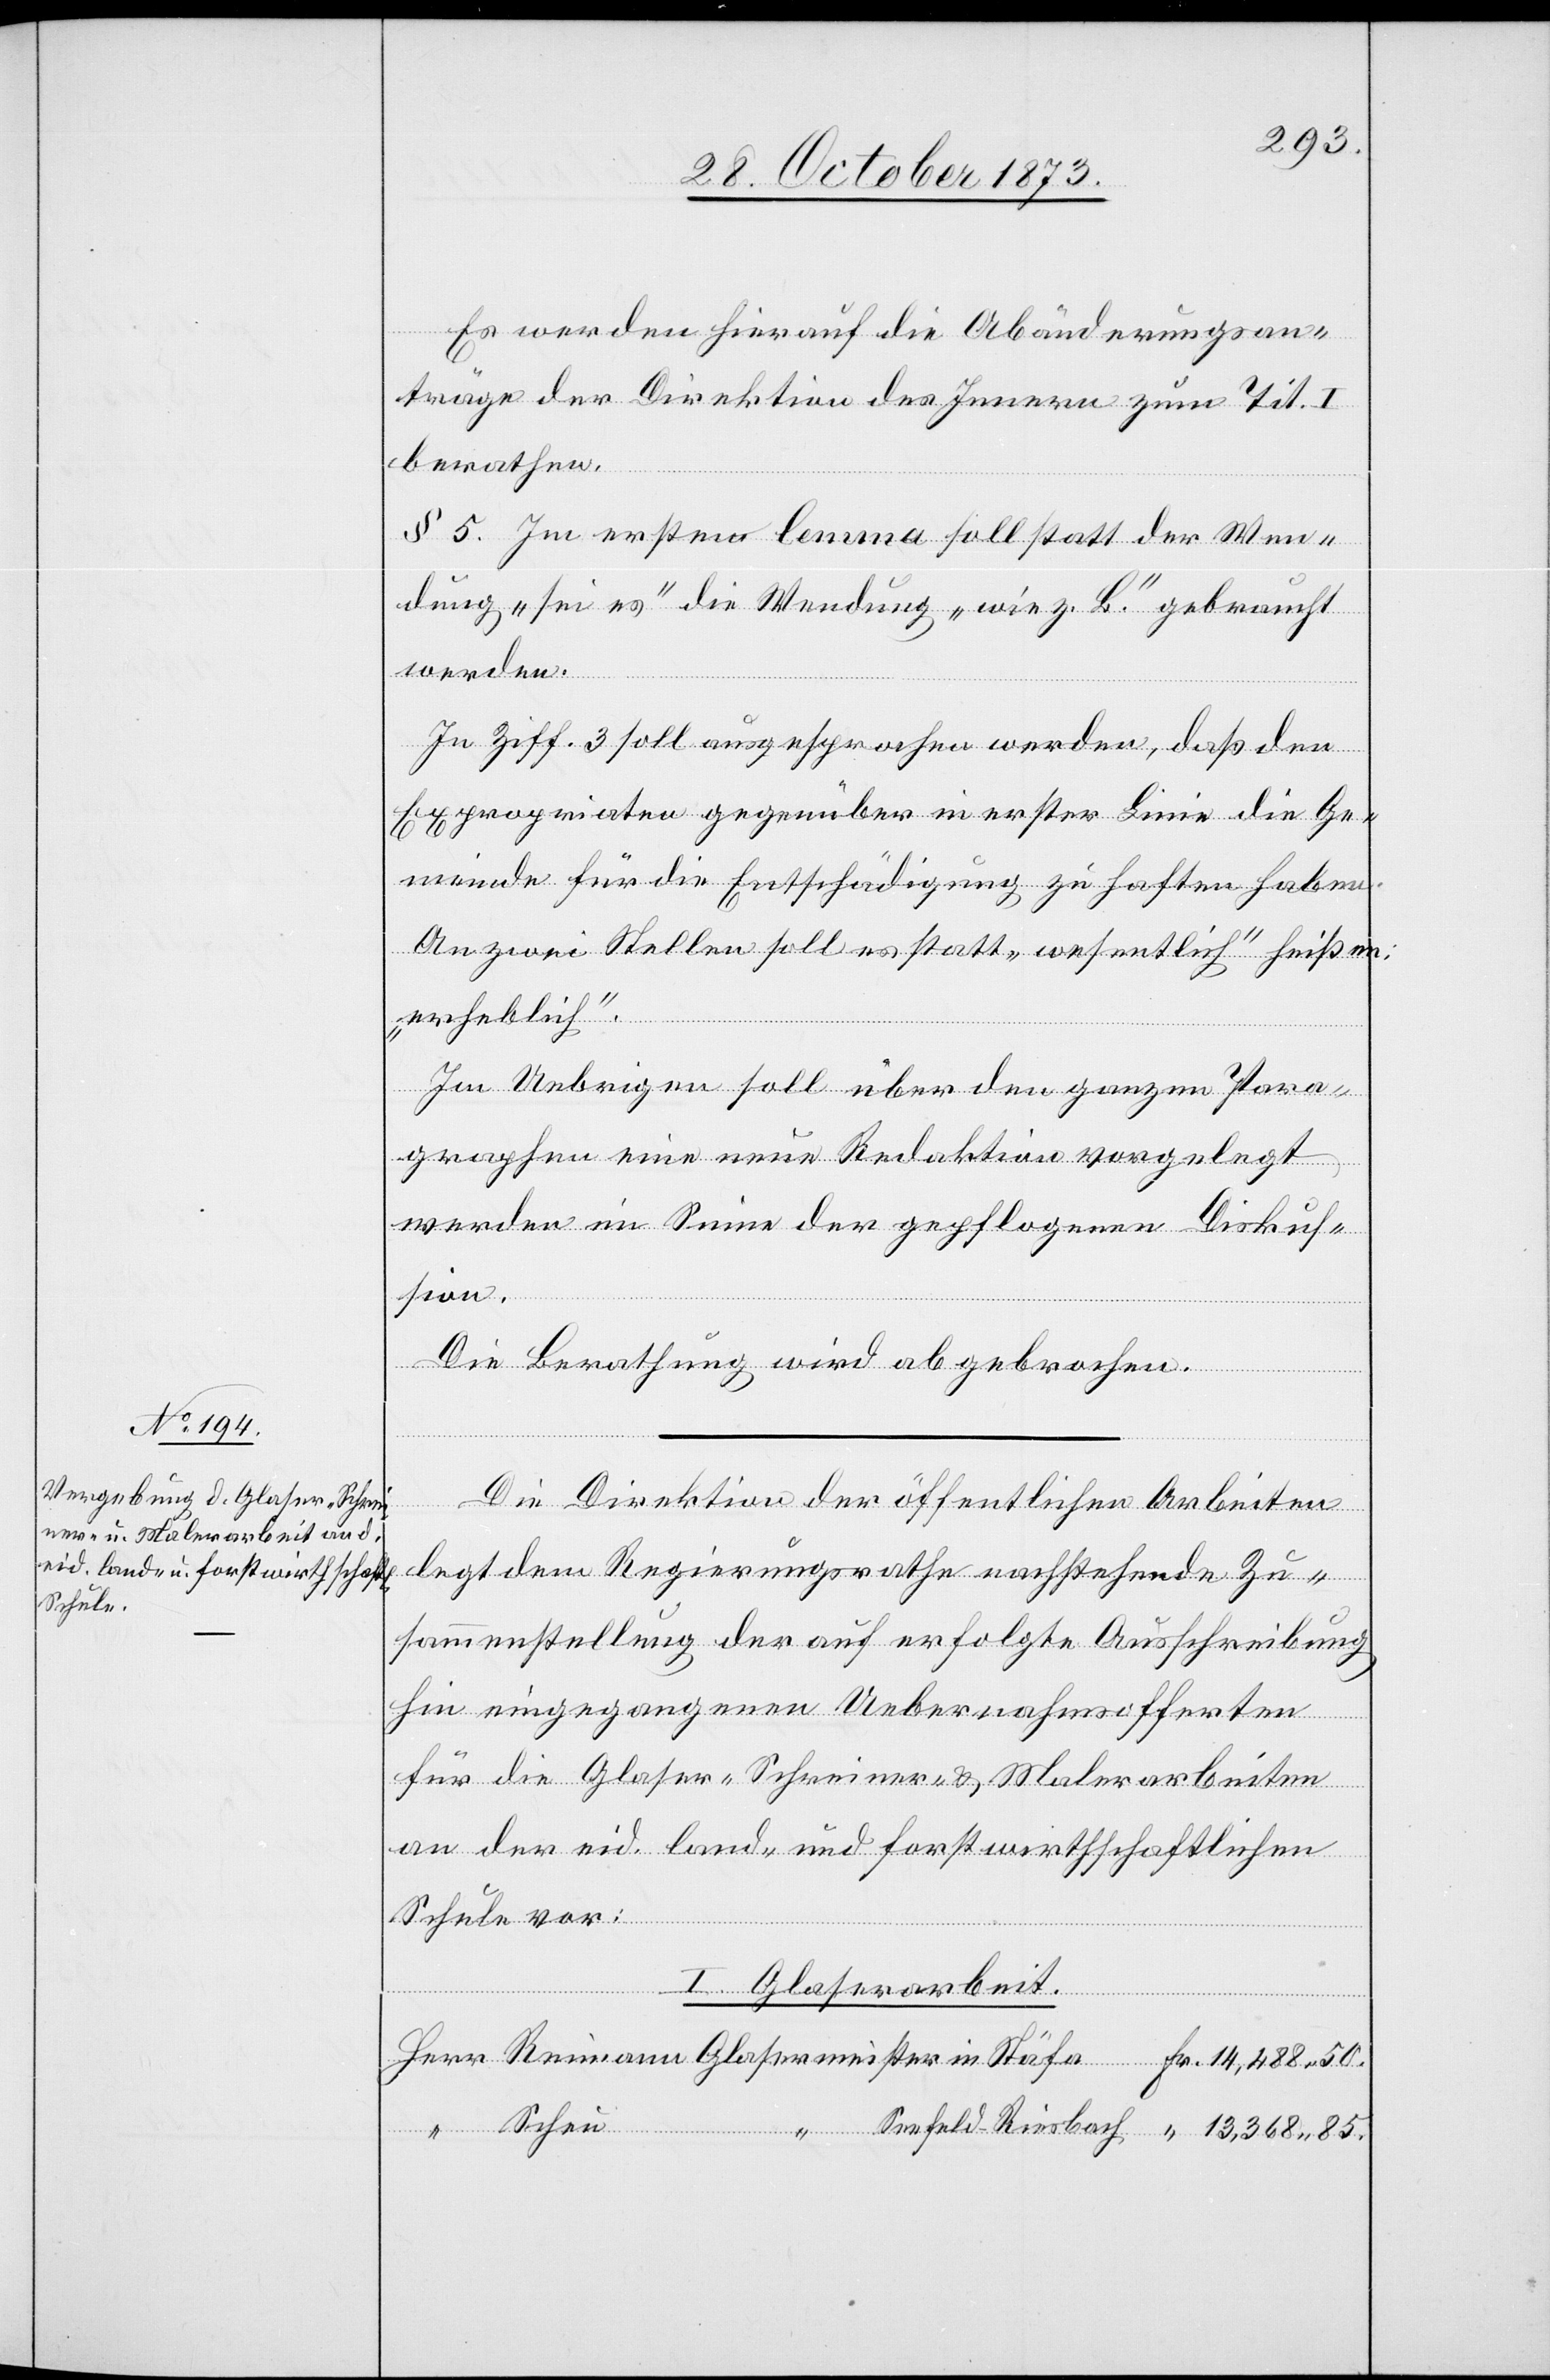
Scheu

85.
Es werden hierauf die Abänderungsan¬
träge der Direktion des Innern zum Tit. I
berathen.
§ 5. Im ersten lemma soll statt der Wen¬
dung „sei es“ die Wendung „wie z. B.“ gebraucht
werden.
In Ziff. 3 soll ausgesprochen werden, daß den
Expropriaten gegenüber in erster Linie die Ge¬
meinde für die Entschädigung zu haften haben.
An zwei Stellen soll es statt „wesentlich“ heißen:
„erheblich“.
Im Uebrigen soll über den ganzen Para¬
graphen eine neue Redaktion vorgelegt
werden im Sinne der gepflogenen Diskus¬
sion.
Die Berathung wird abgebrochen.
Reimann
Die Direktion der öffentlichen Arbeiten
legt dem Regierungsrathe nachstehende Zu¬
sammenstellung der auf erfolgte Ausschreibung
hin eingegangenen Uebernahmsofferten
für die Glaser- Schreiner- & Malerarbeiten
an der eid. land- und forstwirthschaftlichen
Schule vor:
in
I. Glaserarbeit.